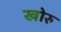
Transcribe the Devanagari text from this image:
खोरु